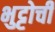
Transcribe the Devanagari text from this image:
भुट्टोची